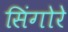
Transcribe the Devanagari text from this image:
सिंगोरे